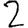
Digit: 2